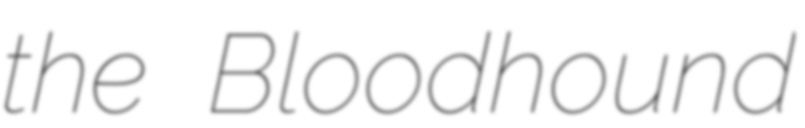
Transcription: the Bloodhound